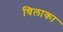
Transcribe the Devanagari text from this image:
चिलाका